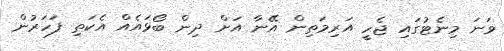
ވަނަ މިނެޓުގައި ޖެހީ އަރިމަތިން އޭނާ އަށް ދިން ބޯޅައެއް އެކަތި ފަހަރުން